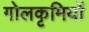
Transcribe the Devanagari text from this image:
गोलकृमियों